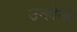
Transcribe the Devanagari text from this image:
उन्होन्हे